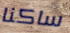
ساكنا